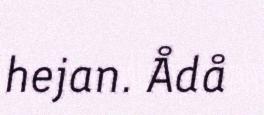
hejan. Ådå